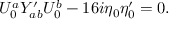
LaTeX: U _ { 0 } ^ { a } Y _ { a b } ^ { \prime } U _ { 0 } ^ { b } - 1 6 i \eta _ { 0 } \eta _ { 0 } ^ { \prime } = 0 .